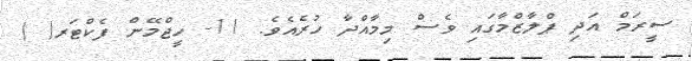
ސީރަމް އަދި ޕްލާޒްމާގައި ވެސް މިމާއްދާ ހުރެއެވެ. 11- ހީޖްމޭން ފެކްޓަރ( )